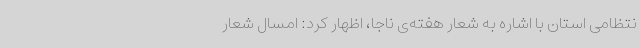
نتظامی استان با اشاره به شعار هفته‌ی ناجا، اظهار کرد: امسال شعار